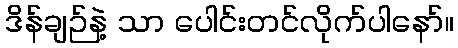
ဒိန်ချဉ်နဲ့ သာ ပေါင်းတင်လိုက်ပါနော်။